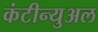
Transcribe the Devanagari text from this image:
कंटीन्युअल